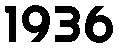
1936